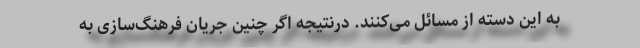
به این دسته از مسائل می‌کنند. درنتیجه اگر چنین جریان فرهنگ‌سازی به